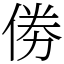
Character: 𠉮